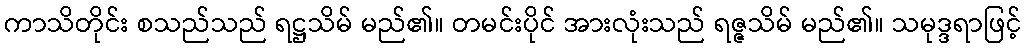
ကာသိတိုင်း စသည်သည် ရဋ္ဌသိမ် မည်၏။ တမင်းပိုင် အားလုံးသည် ရဇ္ဇသိမ် မည်၏။ သမုဒ္ဒရာဖြင့်